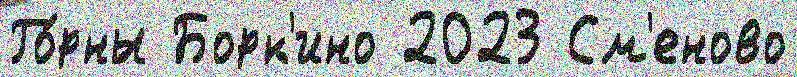
Го́рны Борк'ино 2023 См'еново